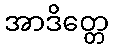
အာဒိတ္တေ